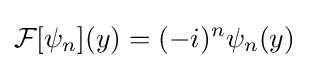
{\mathcal {F}}[\psi _{n}](y)=(-i)^{n}\psi _{n}(y)~